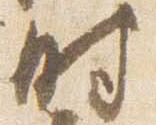
時